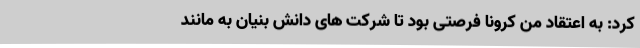
کرد: به اعتقاد من کرونا فرصتی بود تا شرکت های دانش بنیان به مانند